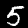
Label: 5